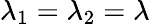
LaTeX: \lambda_{1}=\lambda_{2}=\lambda